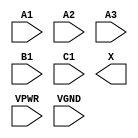
module sky130_fd_sc_hs__o311a (
    //# {{data|Data Signals}}
    input  A1  ,
    input  A2  ,
    input  A3  ,
    input  B1  ,
    input  C1  ,
    output X   ,

    //# {{power|Power}}
    input  VPWR,
    input  VGND
);
endmodule